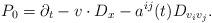
LaTeX: \begin{align*} P_0 = \partial_t - v \cdot D_x - a^{i j} (t) D_{v_i v_j}.\end{align*}